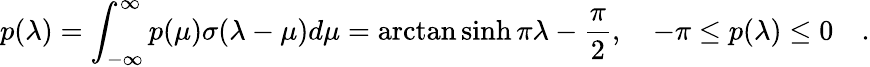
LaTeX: p(\lambda)=\int_{-\infty}^{\infty}p(\mu)\sigma(\lambda-\mu)d\mu=\arctan\sinh\pi\lambda-\frac{\pi}{2},\quad-\pi\leq p(\lambda)\leq 0\quad.